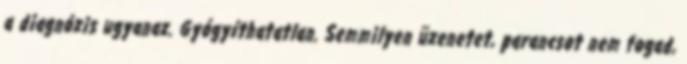
a diagnózis ugyanaz. Gyógyíthatatlan. Semmilyen üzenetet, parancsot nem fogad,